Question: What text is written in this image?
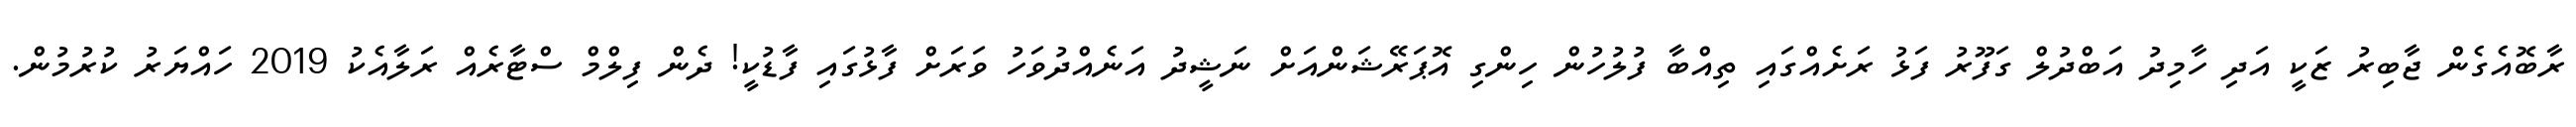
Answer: ރާބޮއެގެން ޖާބިރު ޒަކީ އަދި ހާމިދު އަބްދުލް ގަފޫރު ފަޅު ރަށެއްގައި ތިއްބާ ފުލުހުން ހިންގި އޮޕަރޭޝަންއަށް ނަޝީދު އަނެއްދުވަހު ވަރަށް ފާޅުގައި ފާޑުކީ! ދެން ފިލްމް ސްޓާރެއް ރަލާއެކު 2019 ހައްޔަރު ކުރުމުން.